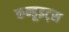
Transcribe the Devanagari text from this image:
कन्डूइट्स